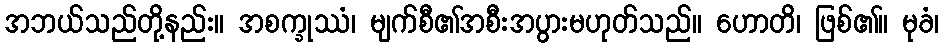
အဘယ်သည်တို့နည်း။ အစက္ခုဿံ၊ မျက်စီ၏အစီးအပွားမဟုတ်သည်။ ဟောတိ၊ ဖြစ်၏။ မုခံ၊